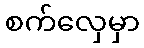
စက်လှေမှာ